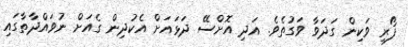
ފޯރި ވަކިން ގަދަވާ ވަގުތެވެ. އަދި އޮށްސޭ ދަޅައަށް އެކުދިން ގެއަށް ނުވައްދާތާގައި